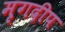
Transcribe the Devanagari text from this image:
मृगदीप